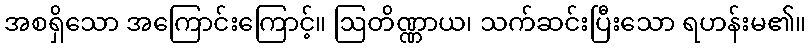
အစရှိသော အကြောင်းကြောင့်။ ဩတိဏ္ဏာယ၊ သက်ဆင်းပြီးသော ရဟန်းမ၏။